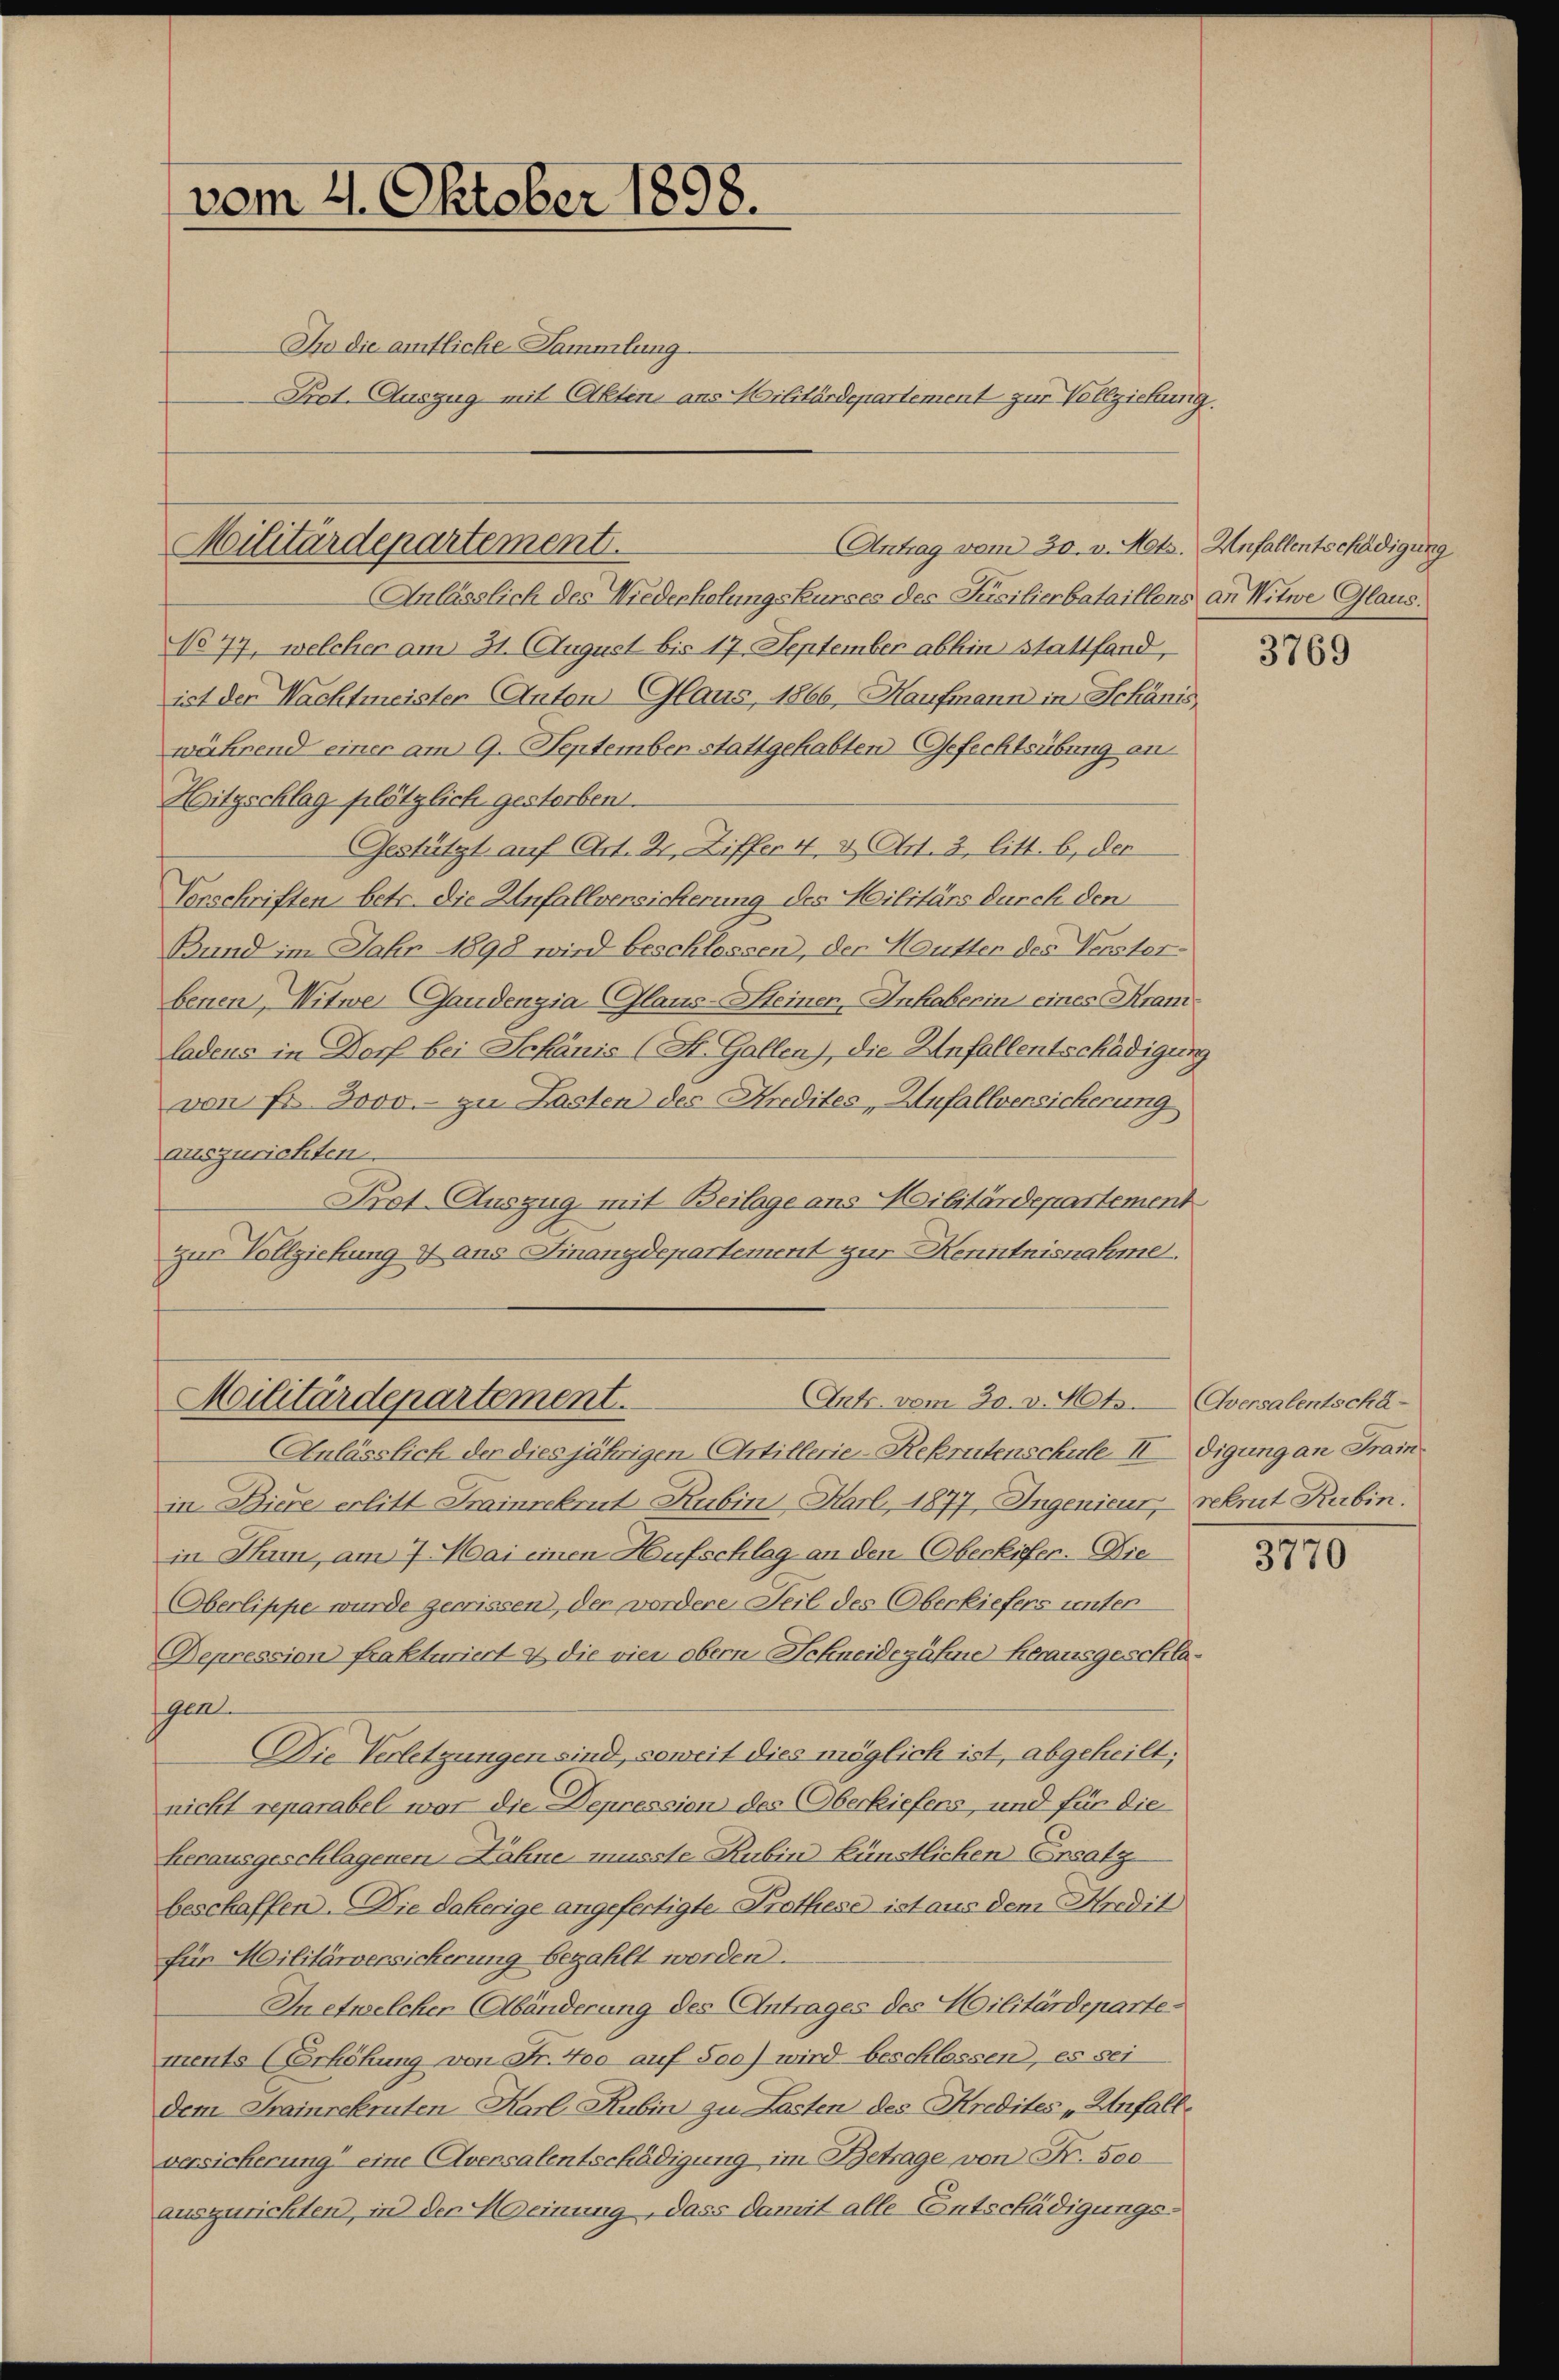
vom 21. Oktober 1898.

In die amtliche Sammlung
Prot. Auszug mit (Aktien ans Militärdepartement zur Vollziehung.

Anlässlich des Niederholungskurses des Jusilierbataillens an Witwe Glaus¬
No 77, welcher am 31. August bis 17. September abhin stattfand,
ist der Nachtmeister Anton Glaus, 1866, Kaufmann in Schanis
während einer am 9. September stattgehabten Gefechtsübung an
Hitgschlag plötzlich gestorben.
Gestützt auf Art. Dr. Ziffer 4. d. Art. 3, litt. b, der
Vorschriften betr. die Unfallversicherung des Militärs durch den
Bund im Jahr 1898 wird beschlossen, der Hautter des Versterbenen, Witwe Gaudenzia Glans-Steiner, Inhaberin eines Kramladens in Dorf bei Schanis (St. Gallen), die Anfallentschädigung
von Fr. 3000.- zu Lasten des Kredites, Anfallversicherung
auszurichten.
Prot. Auszug mit Beilage ans Militärdepartement
zur Vollziehung & aus Finanzdepartement zur Kenntnisnahme

Antrag vom 30. v. Mts. Unfallentschädigung
Militärdepartement.

Ants. vom 30. v. Mts.
Militärdepartement.

Anlässlich der diesjährigen Artillerie-Rekrutenschule II digung an Fran
in Biere erlitt Frainrekrut Rubin, Karl, 1877, Ingenieur, rekrut Rubin.
in Thun, am 7. Mai einen Hufschlag an den Oberkiefer. Die
Oberlippe wurde gewissen, den wordere Teil des Oberkiefers unter
Depression frakturiert & die vier obern Schneidezähne herausgeschlasgen
Die Verletzungen sind, soweit dies möglich ist, abgeheilt;
nicht reparabel war die Depression des Oberkiefers, und für die
herausgeschlagenen Fahne, musste Rubin künstlichen Ersatz
beschaffen. Die daherige angefertigte Prothese ist aus dem Kredit
für Militärversicherung bezahlt worden.
In etwelcher Abänderung des Antrages des Militärdepartements (Erhöhung von Fr. 400 auf 500) wird beschlassen, es sei
dem Trainrekruten Karl Rubin zu Lasten des Kredites „Unfallversicherung eine Aversalentschädigung im Betrage von Fr. 500
auszurichten, in der Meinung, dass damit alle Entschädigungs¬

3769

Oversalentschä-

3770